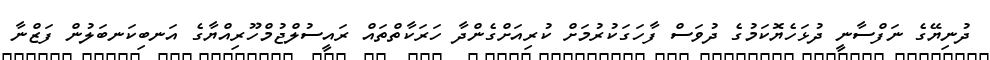
ދުނިޔޭގެ ނަފްސާނީ ދުޅަހެޔޮކަމުގެ ދުވަސް ފާހަގަކުރުމަށް ކުރިއަށްގެންދާ ހަރަކާތްތައް ރައީސުލްޖުމްހޫރިއްޔާގެ އަނބިކަނބަލުން ފަޒްނާ